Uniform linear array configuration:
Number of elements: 4
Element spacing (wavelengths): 0.25
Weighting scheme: binomial
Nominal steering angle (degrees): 60
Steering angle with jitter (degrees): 59.206
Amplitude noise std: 0.05
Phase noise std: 0.05

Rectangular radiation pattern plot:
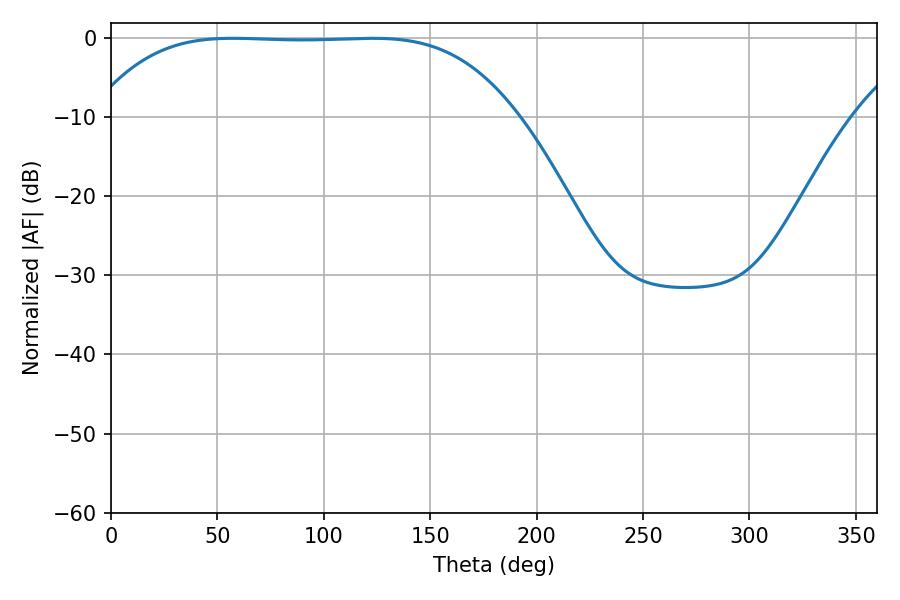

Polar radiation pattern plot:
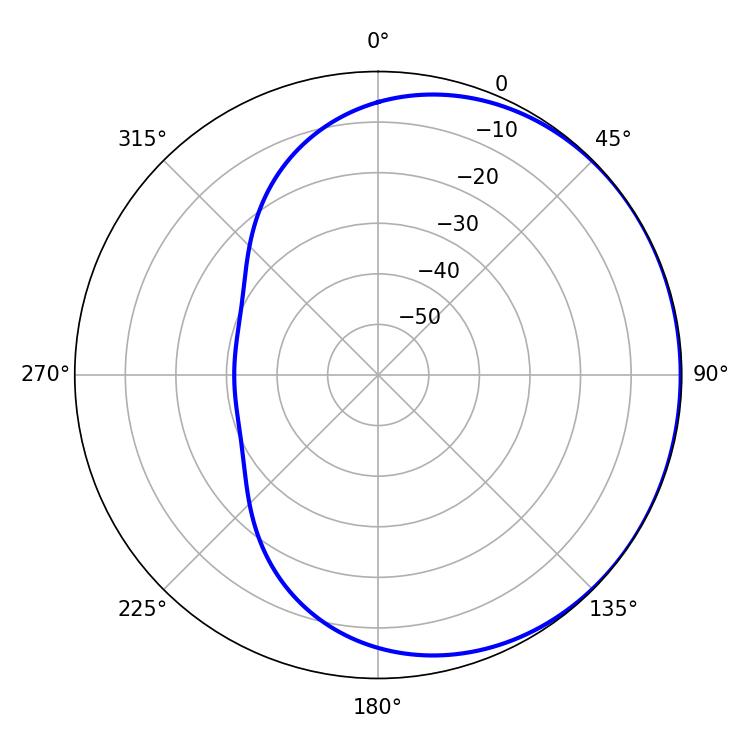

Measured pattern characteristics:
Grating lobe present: FALSE
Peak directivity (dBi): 0.4199
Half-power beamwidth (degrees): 152.28
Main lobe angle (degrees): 57.24